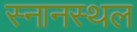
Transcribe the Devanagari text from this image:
स्नानस्थल